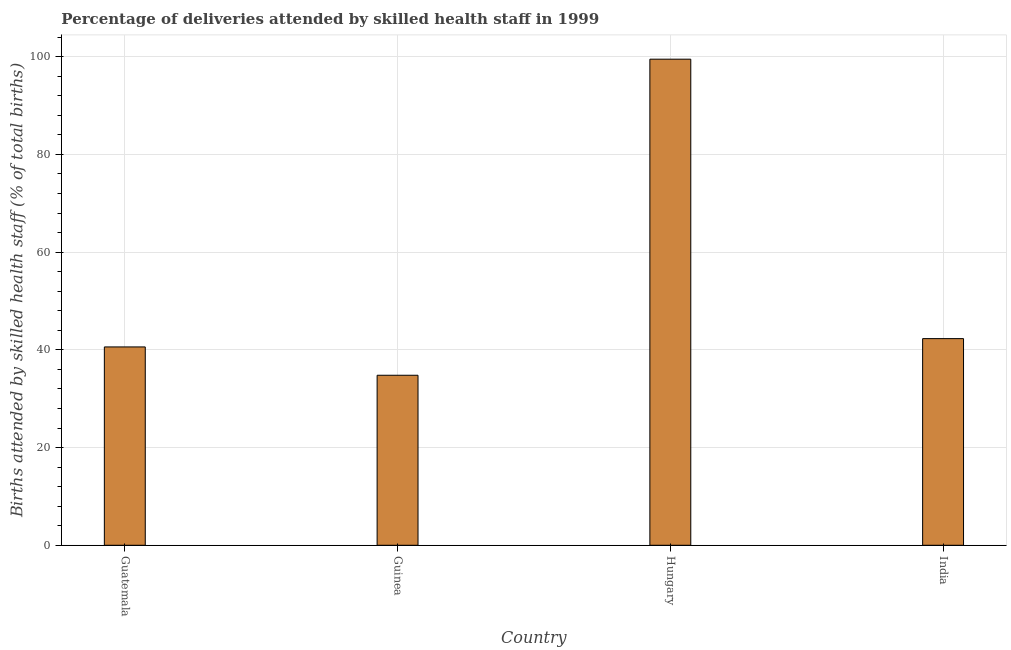
| Country | Births attended by skilled health staff |
 | --- | --- |
 | Guatemala | 40.6 |
 | Guinea | 34.8 |
 | Hungary | 99.5 |
 | India | 42.3 |